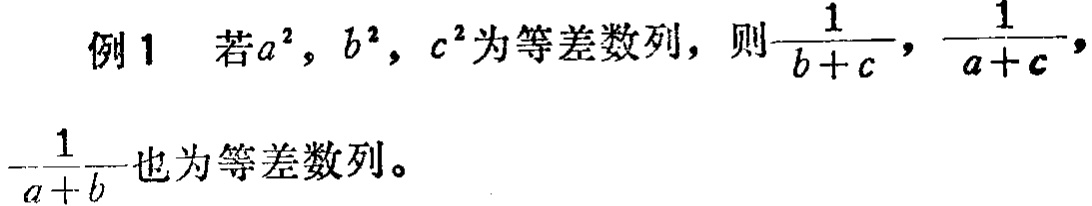
例1 若\(a^{2},b^{2},c^{2}\)为等差数列，则\(\frac{1}{b + c},\frac{1}{a + c},\frac{1}{a + b}\)也为等差数列。